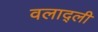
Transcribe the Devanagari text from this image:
वलाद्ली